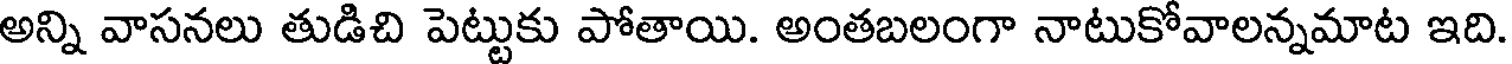
అన్ని వాసనలు తుడిచి పెట్టుకు పోతాయి. అంతబలంగా నాటుకోవాలన్నమాట ఇది.